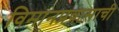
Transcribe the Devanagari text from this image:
विमानप्रवासाची